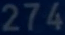
274